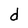
Character: d